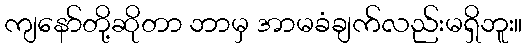
ကျနော်တို့ဆိုတာ ဘာမှ အာမခံချက်လည်းမရှိဘူး။